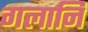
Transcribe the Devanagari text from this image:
गलानि